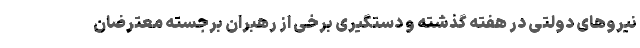
نیروهای دولتی در هفته گذشته و دستگیری برخی از رهبران برجسته معترضان